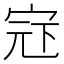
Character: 𪧍